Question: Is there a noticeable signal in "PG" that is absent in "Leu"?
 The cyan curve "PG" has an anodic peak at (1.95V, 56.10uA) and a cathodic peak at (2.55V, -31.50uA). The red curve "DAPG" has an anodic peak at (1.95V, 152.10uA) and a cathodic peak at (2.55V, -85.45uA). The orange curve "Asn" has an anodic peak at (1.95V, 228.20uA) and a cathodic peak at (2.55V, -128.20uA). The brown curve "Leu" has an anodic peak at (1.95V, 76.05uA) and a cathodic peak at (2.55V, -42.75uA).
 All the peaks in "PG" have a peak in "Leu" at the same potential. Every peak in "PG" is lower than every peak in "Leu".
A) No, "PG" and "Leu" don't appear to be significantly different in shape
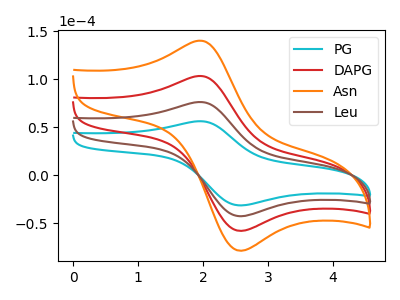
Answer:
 <answer>A) No, "PG" and "Leu" don't appear to be significantly different in shape</answer>
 <eval>A</eval>